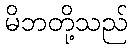
မိဘတို့သည်